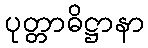
ပုတ္တာဓိဋ္ဌာနာ